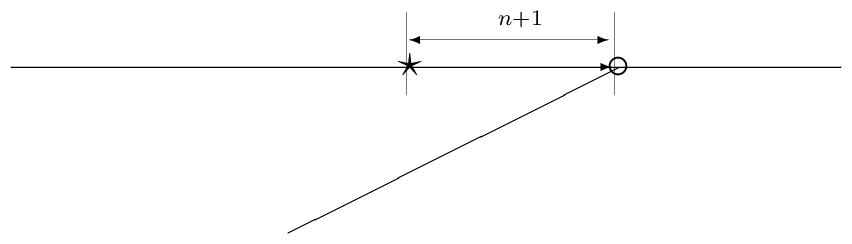
\unitlength=1pt  \begin{picture}(500,70)    \put(0,-30){      \put(60,80){\line(1,0){300}}      \put(275,80){\vector(1,0){2}}      \put(280,80){\line(-2,-1){120}}      \put(200,77){\Large$\star$}      \put(275,76){\Large$\circ$}      {\linethickness{.1pt}        \put(203,70){\line(0,1){30}}        \put(278,70){\line(0,1){30}}        \put(206,90){\vector(1,0){70}}        \put(206,90){\vector(-1,0){2}}        \put(236,91){${}^{n+1}$}        }      }  \end{picture}